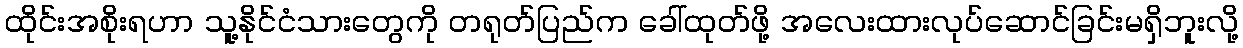
ထိုင်းအစိုးရဟာ သူ့နိုင်ငံသားတွေကို တရုတ်ပြည်က ခေါ်ထုတ်ဖို့ အလေးထားလုပ်ဆောင်ခြင်းမရှိဘူးလို့